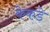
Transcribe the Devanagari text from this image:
केकडे